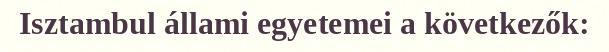
Isztambul állami egyetemei a következők: